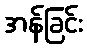
အန်ခြင်း